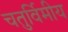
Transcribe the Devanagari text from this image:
चतुर्विमीय